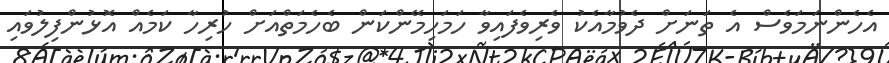
އެހެންނަމަވެސް އެ ތަނަށް ދެވުމާއެކު ވެރިވެފައިވާ ހަމަހިމޭންކަން ބެހެމަތްއަށް ހުރިހާ ކަމެއް އޮޅުންފިލުވައި